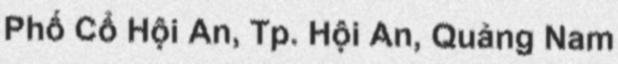
Phố Cổ Hội An, Tp. Hội An, Quảng Nam